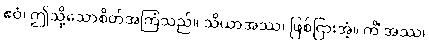
ဧဝံ၊ ဤသို့သောစိတ်အကြံသည်။ သိယာအဿ၊ ဖြစ်ငြားအံ့။ ကိံ အဿ၊